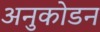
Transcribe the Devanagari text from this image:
अनुकोडन